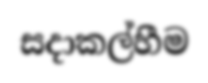
සදාකල්හීම